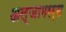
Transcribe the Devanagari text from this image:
अल्जामरर्स